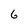
Character: 6